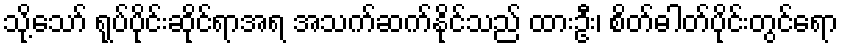
သို့သော် ရုပ်ပိုင်းဆိုင်ရာအရ အသက်ဆက်နိုင်သည် ထားဦး၊ စိတ်ဓါတ်ပိုင်းတွင်ရော